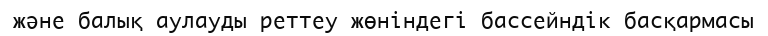
және балық аулауды реттеу жөніндегі бассейндік басқармасы